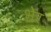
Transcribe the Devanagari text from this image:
भेर